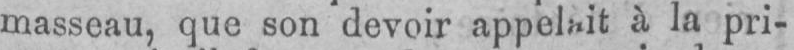
à la pri-